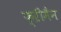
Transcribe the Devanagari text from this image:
फ्ऱीमैन